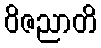
ဝိဇညာတိ